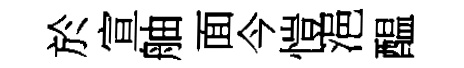
於宣舳面今愷浥醖